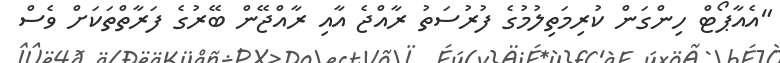
"އެއާޕޯޓް ހިންގަން ކުރިމަތިލުމުގެ ފުރުސަތު ރާއްޖެ އާއި ރާއްޖޭން ބޭރުގެ ފަރާތްތަކަށް ވެސް